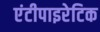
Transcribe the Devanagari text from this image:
एंटीपाइरेटिक